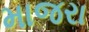
માજરા